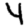
Digit: 4